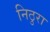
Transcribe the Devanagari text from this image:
निठुरा